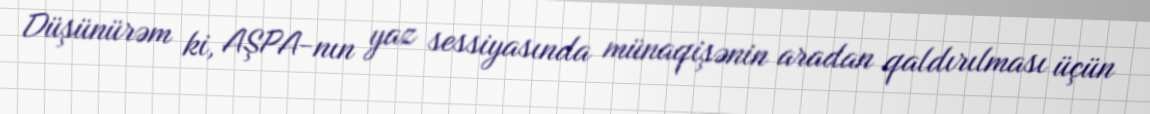
Düşünürəm ki, AŞPA-nın yaz sessiyasında münaqişənin aradan qaldırılması üçün